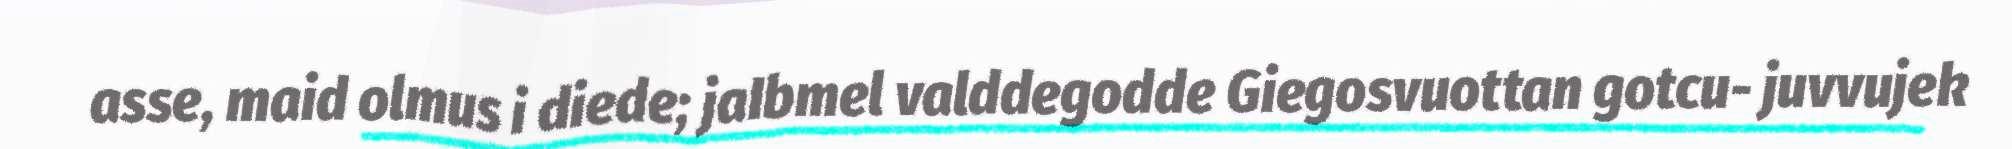
asse, maid olmus i diede; jaIbmel valddegodde Giegosvuottan gotcu- juvvujek